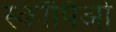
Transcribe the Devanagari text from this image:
स्कॉर्पिओ